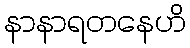
နာနာရတနေဟိ